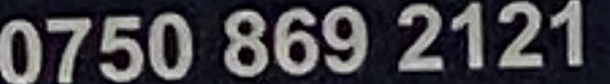
0750 869 2121